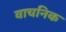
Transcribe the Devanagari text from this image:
वाचनिक